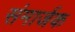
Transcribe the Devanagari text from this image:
संमार्जक